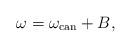
LaTeX: \begin{gather*} \omega = \omega_{\rm can} + B , \end{gather*}